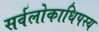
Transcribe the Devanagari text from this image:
सर्वलोकाधिपस्य